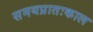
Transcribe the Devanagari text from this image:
समयप्रातःकाल